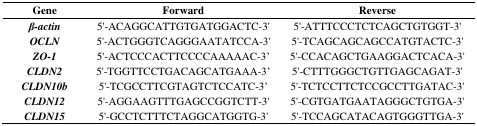
<table><thead><tr><td><b>Gene</b></td><td><b>Forward</b></td><td><b>Reverse</b></td></tr></thead><tbody><tr><td><b><i>β-actin</i></b></td><td>5′-ACAGGCATTGTGATGGACTC-3′</td><td>5′-ATTTCCCTCTCAGCTGTGGT-3′</td></tr><tr><td><b><i>OCLN</i></b></td><td>5′-ACTGGGTCAGGGAATATCCA-3′</td><td>5′-TCAGCAGCAGCCATGTACTC-3′</td></tr><tr><td><b><i>ZO-1</i></b></td><td>5′-ACTCCCACTTCCCCAAAAAC-3′</td><td>5′-CCACAGCTGAAGGACTCACA-3′</td></tr><tr><td><b><i>CLDN2</i></b></td><td>5′-TGGTTCCTGACAGCATGAAA-3′</td><td>5′-CTTTGGGCTGTTGAGCAGAT-3′</td></tr><tr><td><b><i>CLDN10b</i></b></td><td>5′-TCGCCTTCGTAGTCTCCATC-3′</td><td>5′-TCTCCTTCTCCGCCTTGATAC-3′</td></tr><tr><td><b><i>CLDN12</i></b></td><td>5′-AGGAAGTTTGAGCCGGTCTT-3′</td><td>5′-CGTGATGAATAGGGCTGTGA-3′</td></tr><tr><td><b><i>CLDN15</i></b></td><td>5′-GCCTCTTTCTAGGCATGGTG-3′</td><td>5′-TCCAGCATACAGTGGGTTGA-3′</td></tr></tbody></table>